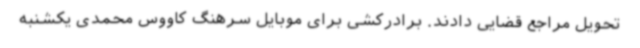
تحویل مراجع قضایی دادند. برادرکشی برای موبایل سرهنگ کاووس محمدی یکشنبه